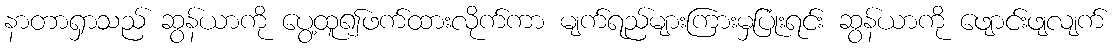
နာတာရှာသည် ဆွန်ယာကို ပွေ့ထူ၍ဖက်ထားလိုက်ကာ မျက်ရည်များကြားမှပြုံးရင်း ဆွန်ယာကို ဖျောင်းဖျလျက်